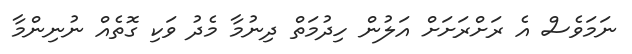
ނަމަވެސް އެ ރަށްރަށަށް އަލުން ހިދުމަތް ދިނުމާ މެދު ވަކި ގޮތެއް ނުނިންމާ